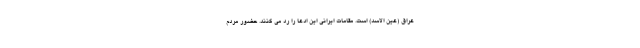
عراق (عین الاسد) است. مقامات ایرانی این ادعا را رد می کنند. حضور مردم